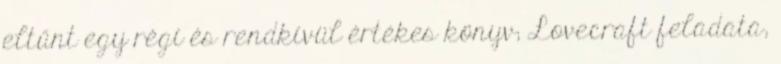
eltűnt egy régi és rendkívül értékes könyv; Lovecraft feladata,